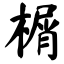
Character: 榍